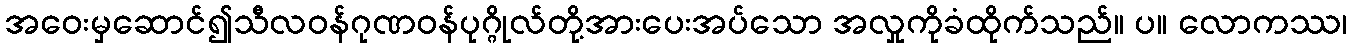
အဝေးမှဆောင်၍သီလဝန်ဂုဏဝန်ပုဂ္ဂိုလ်တို့အားပေးအပ်သော အလှုကိုခံထိုက်သည်။ ပ။ လောကဿ၊